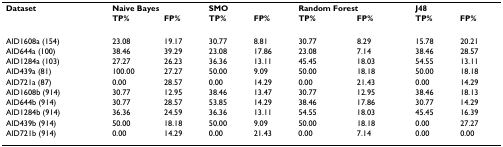
<table><thead><tr><td><b>Dataset</b></td><td colspan="2"><b>Naive Bayes</b></td><td colspan="2"><b>SMO</b></td><td colspan="2"><b>Random Forest</b></td><td colspan="2"><b>J48</b></td></tr><tr><td></td><td><b>TP%</b></td><td><b>FP%</b></td><td><b>TP%</b></td><td><b>FP%</b></td><td><b>TP%</b></td><td><b>FP%</b></td><td><b>TP%</b></td><td><b>FP%</b></td></tr></thead><tbody><tr><td>AID1608a (154)</td><td>23.08</td><td>19.17</td><td>30.77</td><td>8.81</td><td>30.77</td><td>8.29</td><td>15.78</td><td>20.21</td></tr><tr><td>AID644a (100)</td><td>38.46</td><td>39.29</td><td>23.08</td><td>17.86</td><td>23.08</td><td>7.14</td><td>38.46</td><td>28.57</td></tr><tr><td>AID1284a (103)</td><td>27.27</td><td>26.23</td><td>36.36</td><td>13.11</td><td>45.45</td><td>18.03</td><td>54.55</td><td>13.11</td></tr><tr><td>AID439a (81)</td><td>100.00</td><td>27.27</td><td>50.00</td><td>9.09</td><td>50.00</td><td>18.18</td><td>50.00</td><td>18.18</td></tr><tr><td>AID721a (87)</td><td>0.00</td><td>28.57</td><td>0.00</td><td>14.29</td><td>0.00</td><td>21.43</td><td>0.00</td><td>14.29</td></tr><tr><td>AID1608b (914)</td><td>30.77</td><td>12.95</td><td>38.46</td><td>13.47</td><td>30.77</td><td>12.95</td><td>38.46</td><td>18.13</td></tr><tr><td>AID644b (914)</td><td>30.77</td><td>28.57</td><td>53.85</td><td>14.29</td><td>38.46</td><td>17.86</td><td>30.77</td><td>14.29</td></tr><tr><td>AID1284b (914)</td><td>36.36</td><td>24.59</td><td>36.36</td><td>13.11</td><td>54.55</td><td>18.03</td><td>45.45</td><td>16.39</td></tr><tr><td>AID439b (914)</td><td>50.00</td><td>18.18</td><td>50.00</td><td>9.09</td><td>50.00</td><td>18.18</td><td>0.00</td><td>27.27</td></tr><tr><td>AID721b (914)</td><td>0.00</td><td>14.29</td><td>0.00</td><td>21.43</td><td>0.00</td><td>7.14</td><td>0.00</td><td>0.00</td></tr></tbody></table>